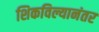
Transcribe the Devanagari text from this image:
शिकविल्यानंतर